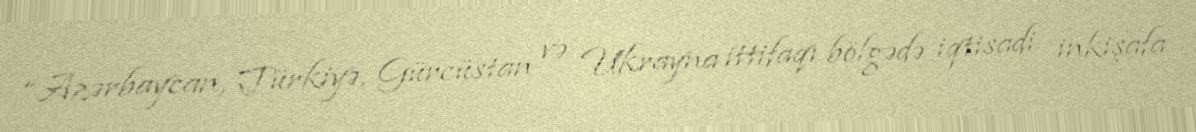
“Azərbaycan, Türkiyə, Gürcüstan və Ukrayna ittifaqı bölgədə iqtisadi inkişafa